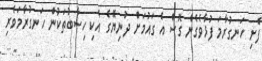
ފެށި ހަނގުރާމަ ފުޅާވެގެން ގޮސް އެ ގައުމަށް ދުނިޔޭގެ އެކި ހިސާބުތަކުން ހަނގުރާމަވެރި